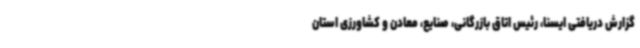
گزارش دریافتی ایسنا، رئیس اتاق بازرگانی، صنایع، معادن و کشاورزی استان